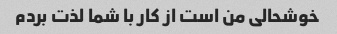
خوشحالی من است از کار با شما لذت بردم